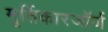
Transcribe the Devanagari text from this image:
मूर्तिकारजॉर्ज